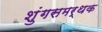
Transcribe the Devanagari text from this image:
शुंगसमर्थक